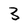
Character: 3